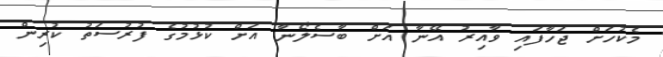
މެކުހަށް ޖަހާފައި ވާއިރު އޭނާ އަށް ބާސެލޯނާ އަށް ކުޅުމުގެ ފުރުސަތު ކުރިން